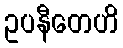
ဥပနီတေဟိ